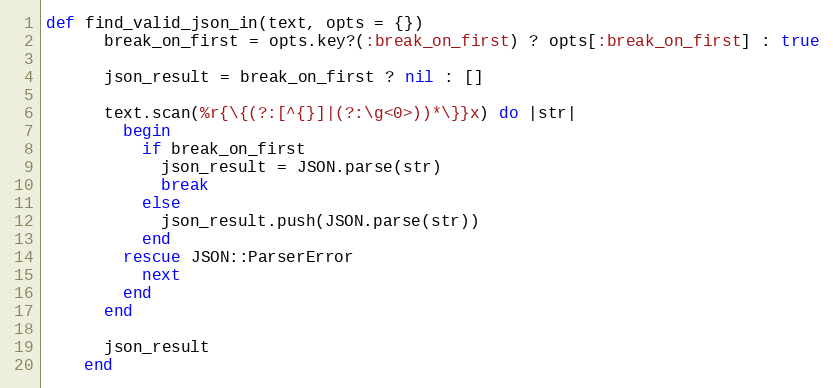
Language: Ruby
def find_valid_json_in(text, opts = {})
      break_on_first = opts.key?(:break_on_first) ? opts[:break_on_first] : true

      json_result = break_on_first ? nil : []

      text.scan(%r{\{(?:[^{}]|(?:\g<0>))*\}}x) do |str|
        begin
          if break_on_first
            json_result = JSON.parse(str)
            break
          else
            json_result.push(JSON.parse(str))
          end
        rescue JSON::ParserError
          next
        end
      end

      json_result
    end